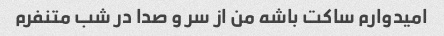
امیدوارم ساکت باشه من از سر و صدا در شب متنفرم